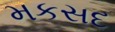
મકસદ